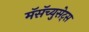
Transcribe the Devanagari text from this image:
मॅसॅच्युसेट्‌स